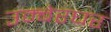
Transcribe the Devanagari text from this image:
उम्बेरघर